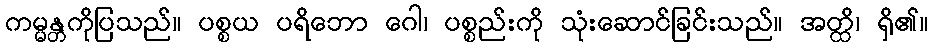
ကမ္မန္တကိုပြသည်။ ပစ္စယ ပရိဘော ဂေါ၊ ပစ္စည်းကို သုံးဆောင်ခြင်းသည်။ အတ္ထိ၊ ရှိ၏။